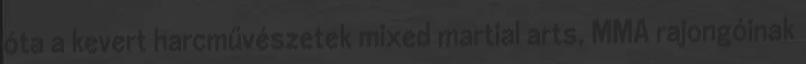
óta a kevert harcművészetek mixed martial arts, MMA rajongóinak